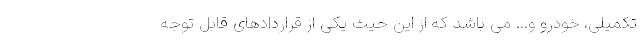
تکمیلی، خودرو و... می باشد که از این حیث یکی از قراردادهای قابل توجه